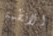
الانظمة